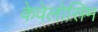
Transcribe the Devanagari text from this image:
केवेलोसिम